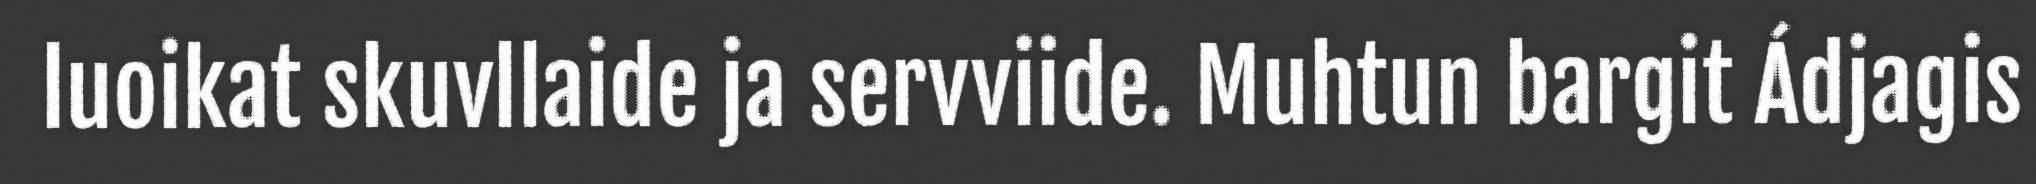
luoikat skuvllaide ja servviide. Muhtun bargit Ádjagis